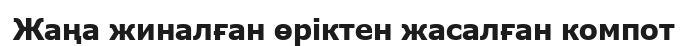
Жаңа жиналған өріктен жасалған компот